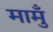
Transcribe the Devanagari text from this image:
मामुँ